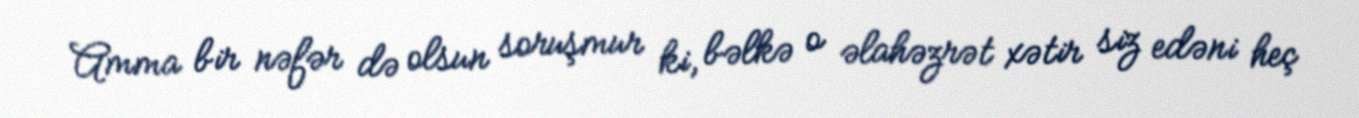
Amma bir nəfər də olsun soruşmur ki, bəlkə o əlahəzrət xətir siz edəni heç